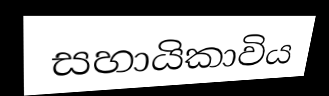
සහායිකාවිය